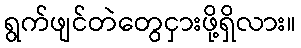
ရွက်ဖျင်တဲတွေငှားဖို့ရှိလား။